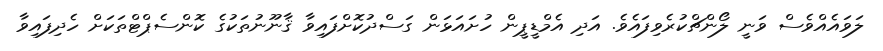
ލަވައެއްވެސް ވަނީ ލޯންޗްކުރެވިފައެވެ. އަދި އެމްޑީޕީން ހުށައަޅަން ގަސްދުކޮށްފައިވާ ޤާނޫނުތަކުގެ ކޮންސެޕްޓްތަކަށް ހެދިފައިވާ